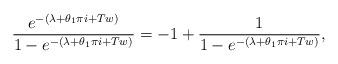
LaTeX: \begin{align*}\frac{ e^{ - (\lambda+\theta_1 \pi i+Tw)} }{ 1 - e^{- (\lambda+\theta_1 \pi i +Tw) } } = - 1 + \frac{1}{ 1 - e^{- (\lambda+\theta_1 \pi i +Tw) } }, \end{align*}